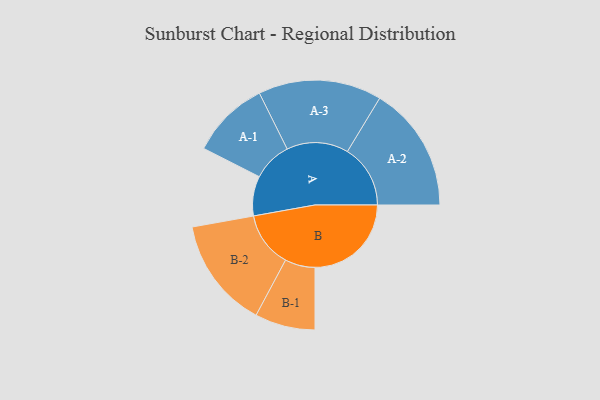
{"axis": {"x": "Segment", "y": "Value"}, "legend": ["", "A", "B"], "data": [{"x": "A", "y": 157, "type": ""}, {"x": "B", "y": 381, "type": ""}, {"x": "A-1", "y": 155, "type": "A"}, {"x": "A-2", "y": 249, "type": "A"}, {"x": "A-3", "y": 244, "type": "A"}, {"x": "B-1", "y": 119, "type": "B"}, {"x": "B-2", "y": 219, "type": "B"}]}